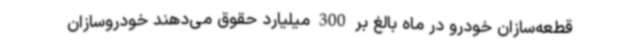
قطعه‌سازان خودرو در ماه بالغ بر 300 میلیارد حقوق می‌دهند خودروسازان